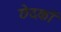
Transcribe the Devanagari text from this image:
छेदकों